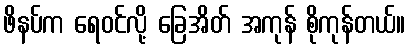
ဖိနပ်က ရေဝင်လို့ ခြေအိတ် အကုန် စိုကုန်တယ်။